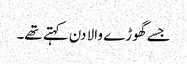
جسے گھوڑے والا دن کہتے تھے۔